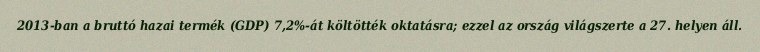
2013-ban a bruttó hazai termék (GDP) 7,2%-át költötték oktatásra; ezzel az ország világszerte a 27. helyen áll.